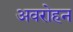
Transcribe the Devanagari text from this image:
अवरोहन